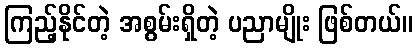
ကြည့်နိုင်တဲ့ အစွမ်းရှိတဲ့ ပညာမျိုး ဖြစ်တယ်။